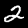
Digit: 2